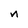
Character: n